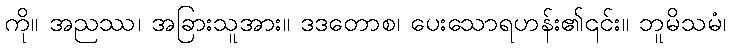
ကို။ အညဿ၊ အခြားသူအား။ ဒဒတောစ၊ ပေးသောရဟန်း၏၎င်း။ ဘူမိသမံ၊